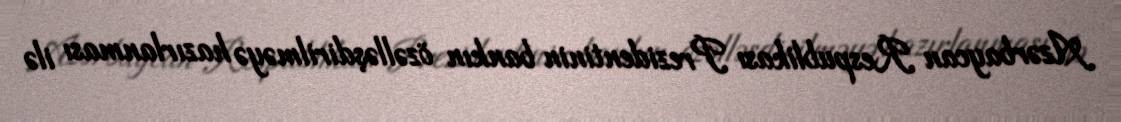
Azərbaycan Respublikası Prezidentinin bankın özəlləşdirilməyə hazırlanması ilə